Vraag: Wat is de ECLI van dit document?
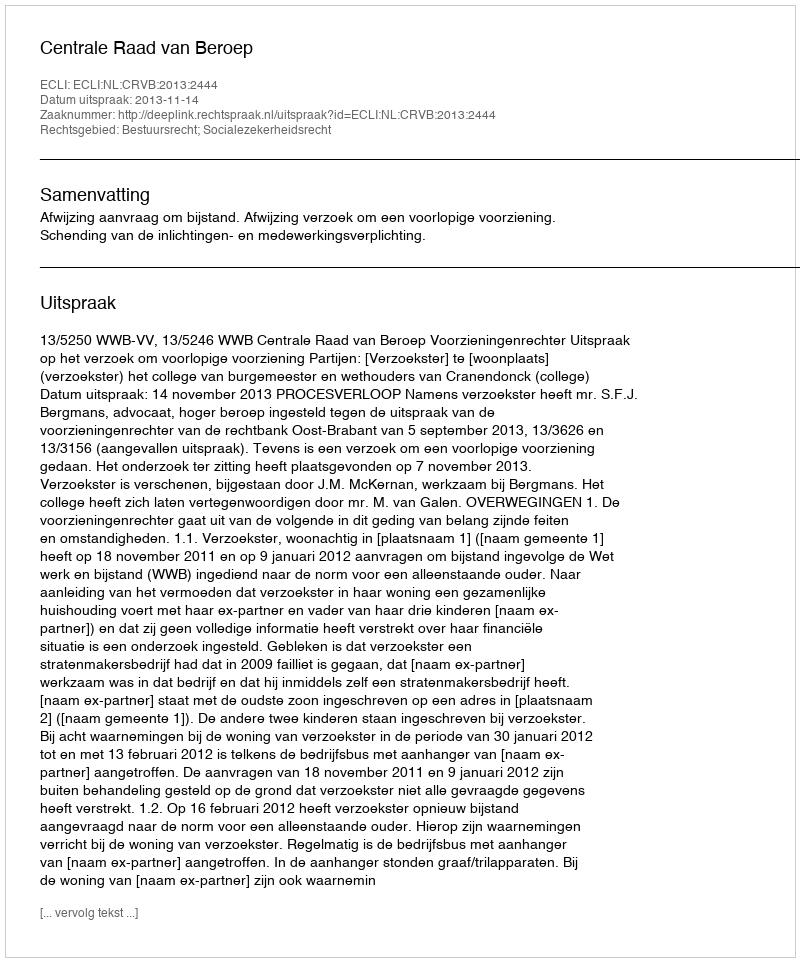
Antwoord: ECLI:NL:CRVB:2013:2444